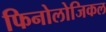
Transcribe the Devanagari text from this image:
फिनोलोजिकल